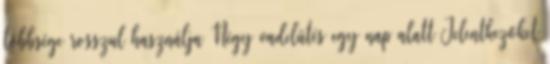
többsége rosszul használja Négy vadelütés egy nap alatt Jelentkezőket